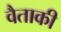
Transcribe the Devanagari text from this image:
वैताकी